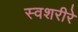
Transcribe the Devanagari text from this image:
स्वशरीरे